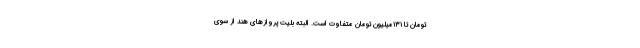
تومان تا ۱۳۱میلیون تومان متفاوت است. البته بلیت پروازهای هند از سوی